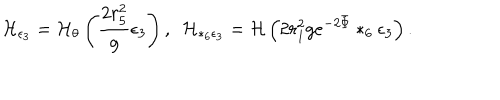
LaTeX: { \cal H } _ { \epsilon _ { 3 } } = { \cal H } _ { \theta } \left( { \frac { 2 r _ { 5 } ^ { 2 } } { g } } \epsilon _ { 3 } \right) , ~ ~ { \cal H } _ { * _ { 6 } \epsilon _ { 3 } } = { \cal H } \left( 2 r _ { 1 } ^ { 2 } g e ^ { - 2 \bar { \Phi } } * _ { 6 } \epsilon _ { 3 } \right) .